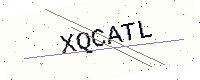
Text: XQCATL